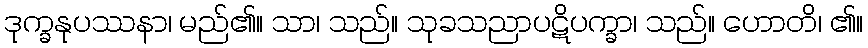
ဒုက္ခနုပဿနာ၊ မည်၏။ သာ၊ သည်။ သုခသညာပဋိပက္ခာ၊ သည်။ ဟောတိ၊ ၏။